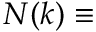
N ( k ) \equiv